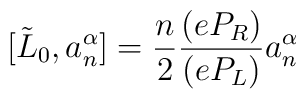
[\tilde{L}_{0},a^{\alpha}_{n}] =		\frac{n}{2}\frac{(eP_{R})}{(eP_{L})}a^{\alpha}_{n}